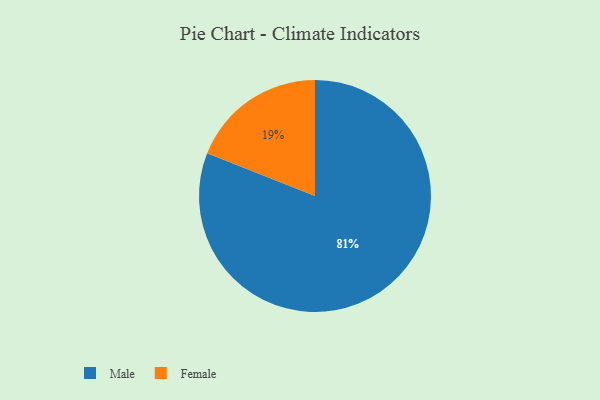
{"axis": {"x": "Category", "y": "Percentage"}, "legend": ["Female", "Male"], "data": [{"x": "Male", "y": 81, "type": "Male"}, {"x": "Female", "y": 19, "type": "Female"}]}